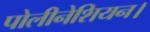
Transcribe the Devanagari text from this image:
पोलीनेशियन।